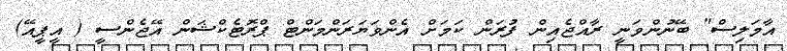
އާމަލިސް" ބޭނުންވަނީ ރާއްޖެއިން ފުރަން ކަމަށް އެންވަޔަރަންމަންޓް ޕްރޮޓެކްޝަން އޭޖެންސީ ( އީޕީއޭ)